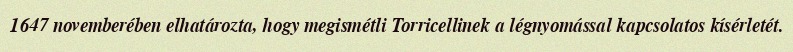
1647 novemberében elhatározta, hogy megismétli Torricellinek a légnyomással kapcsolatos kísérletét.